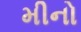
મીનો